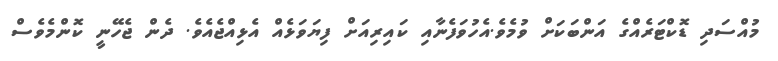
މުއްސަދި ޑޮކްޓަރެއްގެ އަންބަކަށް ވުމެވެ.އެހުވަފެނާއި ކައިރިއަށް ފިޔަވަޅެއް އެޅިއްޖެއެވެ. ދެން ޖެހޭނީ ކޮންމެވެސް